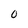
Character: o